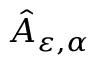
\hat { A } _ { \varepsilon , \alpha }